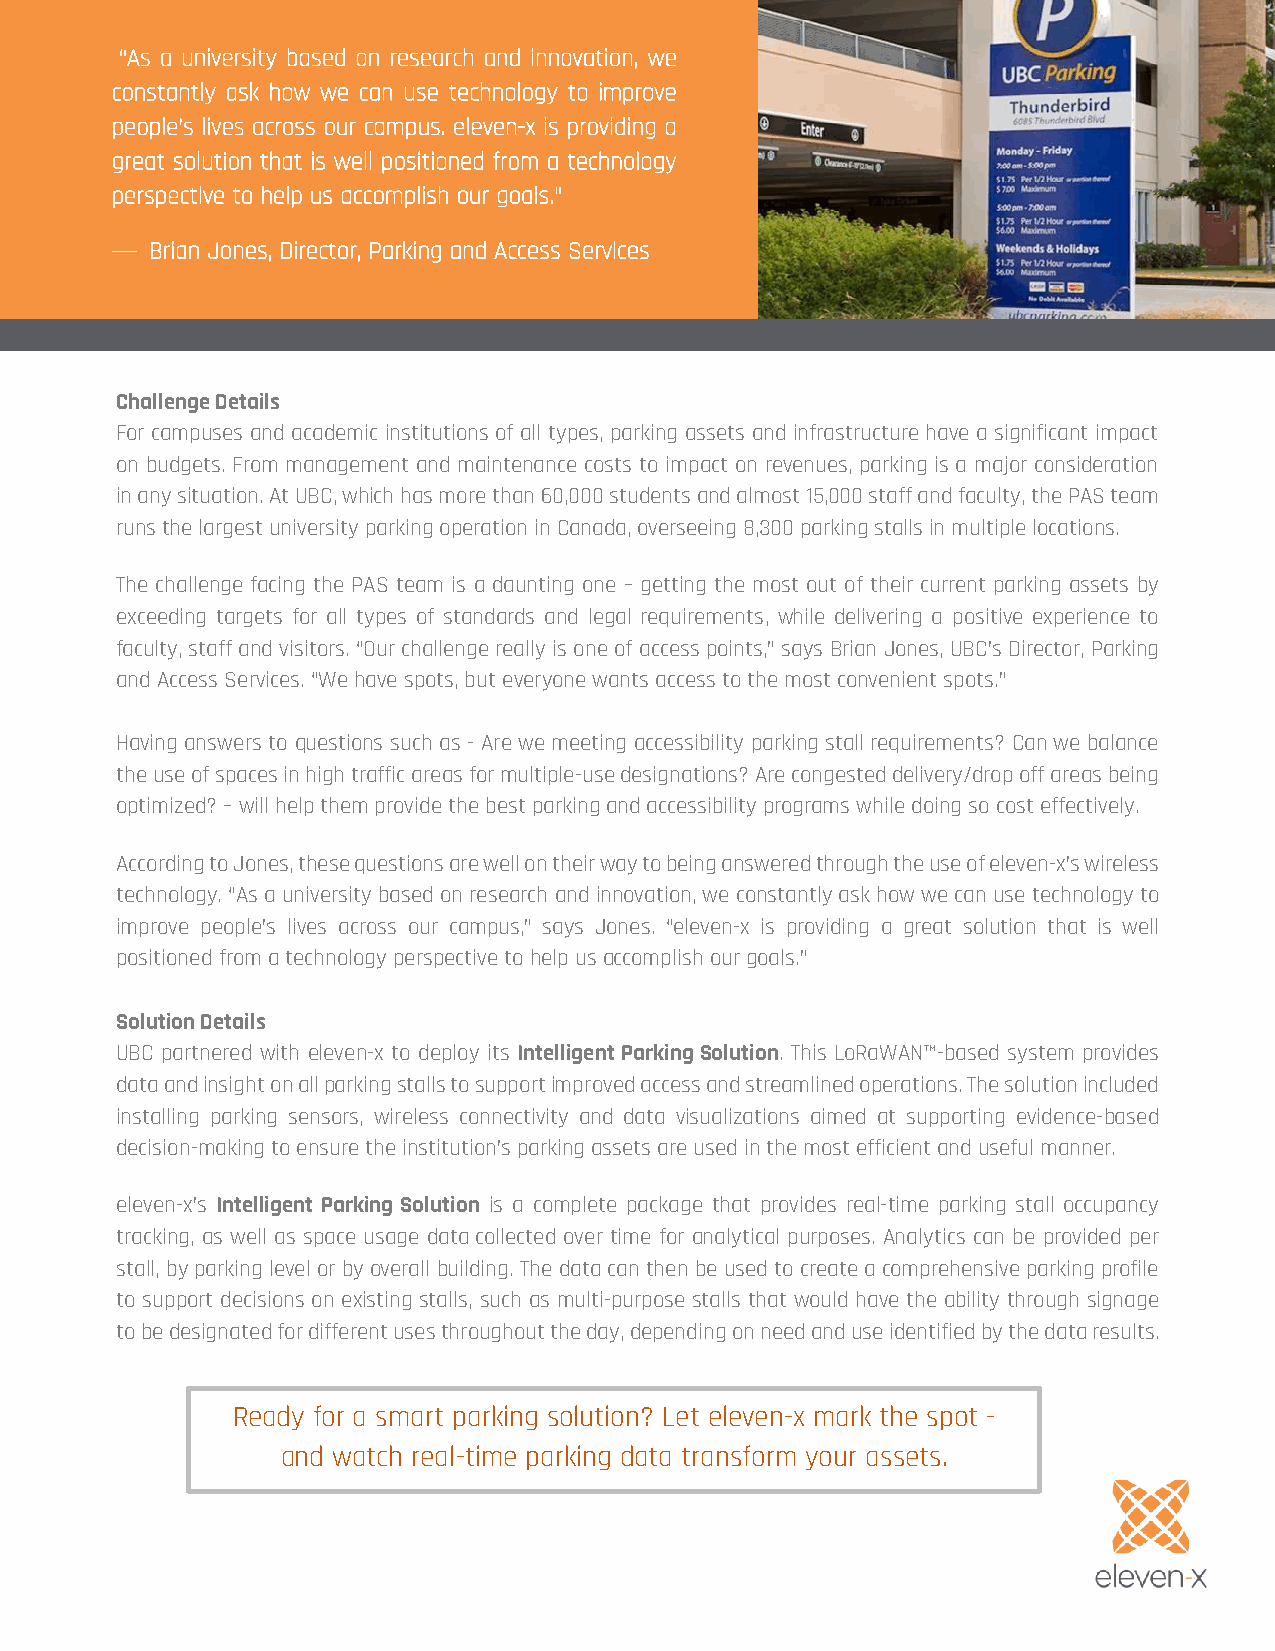
“As a university based on research and innovation, we
 constantly ask how we can use technology to improve
 peop le’s lives across our campus. eleven-x is provid ing a
 great solution that is well positioned from a technology
 perspective to help us accomplish our goals.”
 —  Brian Jones, Director, Parking and Access Services
 Challenge Details
 For campuses and academic institutions of all types, parking assets and infrastructure have a significant impact
 on budgets. From management and maintenance costs to impact on revenues, parking is a major consideration
 in any situation. At UBC, which has more than 60,000 students and almost 15,000 staff and faculty, the PAS team
 runs the largest university parking operation in Canada, overseeing 8,300 parking stalls in multiple locations.
 The challenge facing the PAS team is a daunting one – getting the most out of their current parking assets by
 exceeding targets for all types of standards and legal requirements, while delivering a positive experience to
 faculty, staff and visitors. “Our challenge really is one of access points,” says Brian Jones, UBC’s Director, Parking
 and Access Services. “We have spots, but everyone wants access to the most convenient spots.”
 Having answers to questions such as - Are we meeting accessibility parking stall requirements? Can we balance
 the use of spaces in high traffic areas for multiple-use designations? Are congested delivery/drop off areas being
 optimized? – will help them provide the best parking and accessibility programs while doing so cost effectively.
 According to Jones, these questions are well on their way to being answered through the use of eleven-x’s wireless
 technology. “As a university based on research and innovation, we constantly ask how we can use technology to
 improve people’s lives across our campus,” says Jones. “eleven-x is providing a great solution that is well
 positioned from a technology perspective to help us accomplish our goals.”
 Solution Details
 UBC partnered with eleven-x to deploy its Intelligent Parking Solution. This LoRaWAN™-based system provides
 data and insight on all parking stalls to support improved access and streamlined operations. The solution included
 installing parking sensors, wireless connectivity and data visualizations aimed at supporting evidence-based
 decision-making to ensure the institution’s parking assets are used in the most efficient and useful manner.
 eleven-x’s Intelligent Parking Solution is a complete package that provides real-time parking stall occupancy
 tracking, as well as space usage data collected over time for analytical purposes. Analytics can be provided per
 stall, by parking level or by overall building. The data can then be used to create a comprehensive parking profile
 to support decisions on existing stalls, such as multi-purpose stalls that would have the ability through signage
 to be designated for different uses throughout the day, depending on need and use identified by the data results.
 Ready for a smart parking solution? Let eleven-x mark the spot -
 and watch real-time parking data transform your assets.